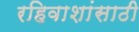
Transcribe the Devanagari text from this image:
रहिवाशांसाठी